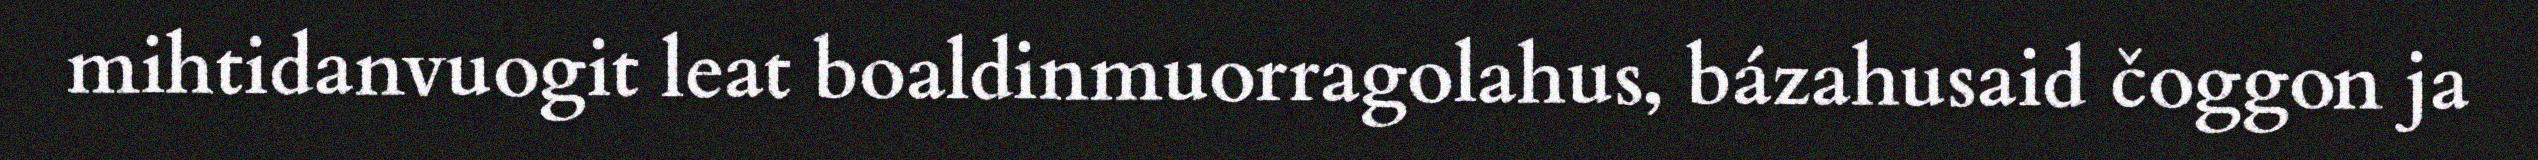
mihtidanvuogit leat boaldinmuorragolahus, bázahusaid čoggon ja